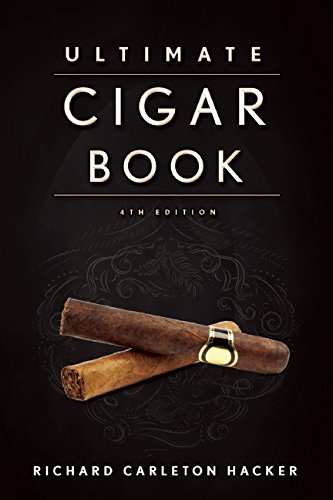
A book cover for The Ultimate Cigar Book: 4th Edition; Richard Carleton Hacker; Humor & Entertainment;